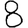
Digit: 8